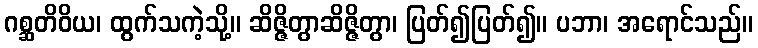
ဂစ္ဆတိဝိယ၊ ထွက်သကဲ့သို့။ ဆိဇ္ဇိတွာဆိဇ္ဇိတွာ၊ ပြတ်၍ပြတ်၍။ ပဘာ၊ အရောင်သည်။